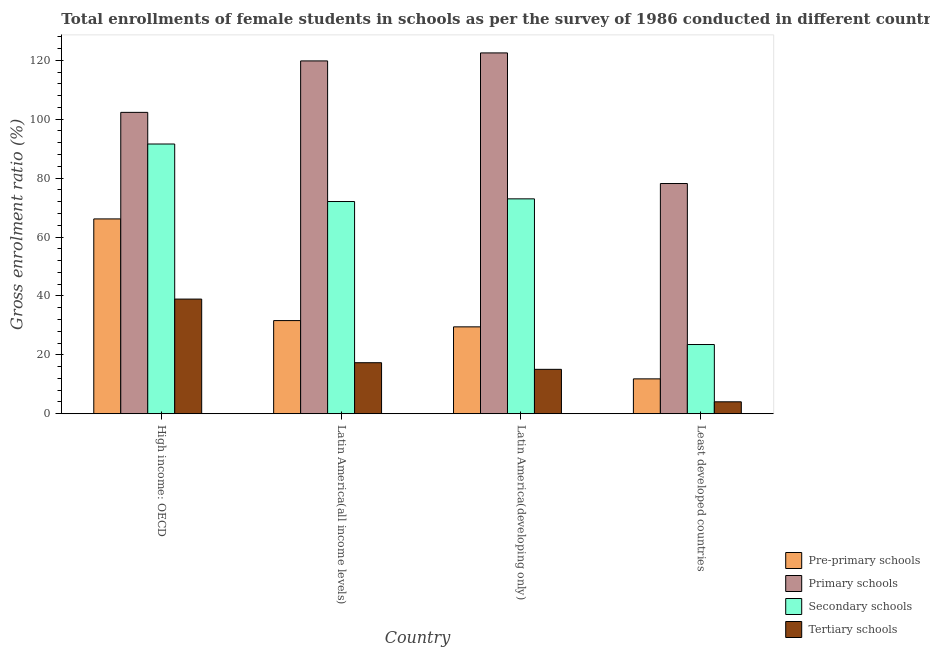
| Country | Pre-primary schools | Primary schools | Secondary schools | Tertiary schools |
 | --- | --- | --- | --- | --- |
 | High income: OECD | 66.1 | 102 | 91.6 | 38.9 |
 | Latin America(all income levels) | 31.6 | 120 | 72.1 | 17.3 |
 | Latin America(developing only) | 29.5 | 123 | 73 | 15.1 |
 | Least developed countries | 11.8 | 78.2 | 23.5 | 4.05 |